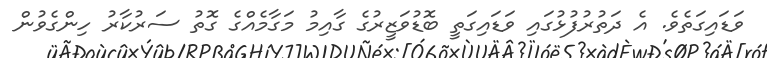
ވަޑައިގަތެވެ. އެ ދަތުރުފުޅުގައި ވަޑައިގަތީ ބޮޑުވަޒީރުގެ ގާއިމު މަގާމެއްގެ ގޮތު ސަރުކާރު ހިންގެވުން